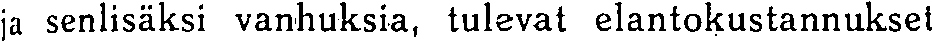
ja senlisäksi vanhuksia, tulevat elantokustannukset